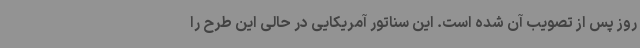
روز پس از تصویب آن شده است. این سناتور آمریکایی در حالی این طرح را